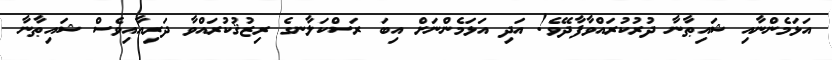
އަޅަމެންނާއި ޝައިޠާނާ ދުރުކުރައްވާފާދޭވެ! އަދި އަޅަމެންނަށް އިބަ ރަސްކަލާނގެ ރިޒުޤުކުރައްވާ ދަރިއާއިވެސް ޝައިޠާނާ